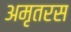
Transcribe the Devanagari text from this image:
अमृतरस